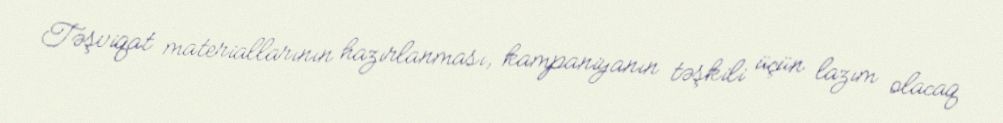
Təşviqat materiallarının hazırlanması, kampaniyanın təşkili üçün lazım olacaq